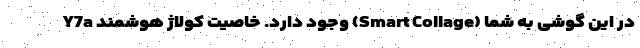
Y7a وجود دارد. خاصیت کولاژ هوشمند (Smart Collage) در این گوشی به شما